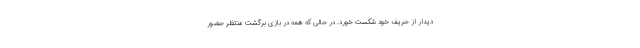
دیدار از حریف خود شکست خورد. در حالی که همه در بازی برگشت منتظر حضور